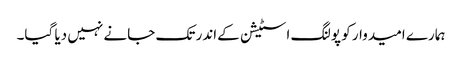
ہمارے امیدوار کو پولنگ اسٹیشن کےاندر تک جانے نہیں دیا گیا۔